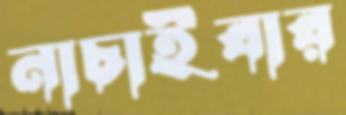
নাচাইবার